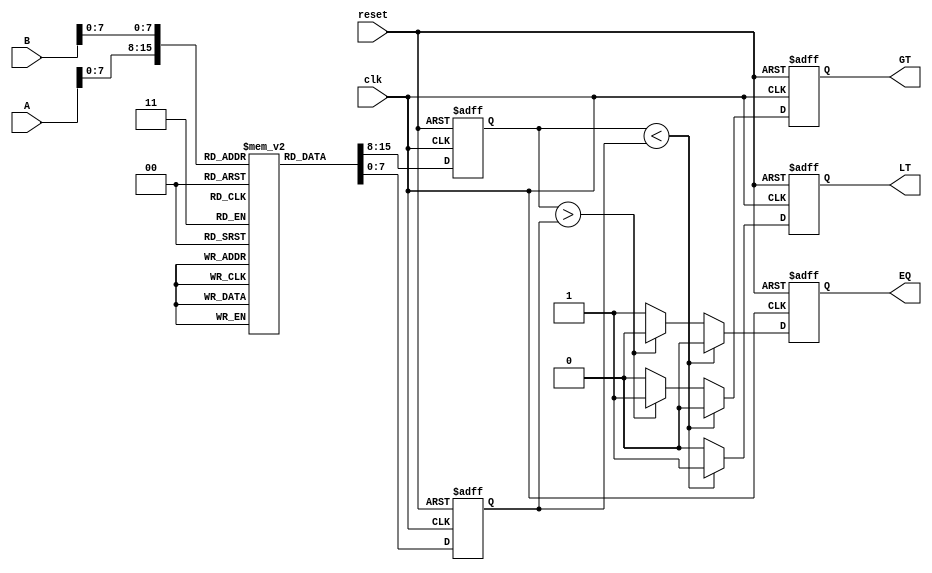
module LogarithmicComparator (
    input wire clk,
    input wire reset,
    input wire [15:0] A, // 16-bit input A
    input wire [15:0] B, // 16-bit input B
    output reg LT,       // Less Than output
    output reg EQ,       // Equal output
    output reg GT        // Greater Than output
);

// Logarithm lookup table (base 2) for demonstration
// This is a simplified example; a complete implementation would require more entries.
reg [7:0] log_table [0:255]; // 8-bit logarithm values for 256 possible inputs

initial begin
    // Initialize the logarithm lookup table (base 2)
    // Note: This is a simplified example. You would need to fill this with actual log values.
    log_table[0] = 8'd0;   // log(1) = 0
    log_table[1] = 8'd0;   // log(1) = 0
    log_table[2] = 8'd1;   // log(2) = 1
    log_table[3] = 8'd2;   // log(3) = 2
    // Fill in more values as needed...
    log_table[255] = 8'd8; // Example value for log(256)
end

// Internal signals for logarithmic values
reg [7:0] log_A;
reg [7:0] log_B;

always @(posedge clk or posedge reset) begin
    if (reset) begin
        LT <= 0;
        EQ <= 0;
        GT <= 0;
        log_A <= 0;
        log_B <= 0;
    end else begin
        // Perform logarithmic transformation using the lookup table
        log_A <= log_table[A[7:0]]; // Using lower 8 bits of A for lookup
        log_B <= log_table[B[7:0]]; // Using lower 8 bits of B for lookup

        // Comparator logic
        if (log_A < log_B) begin
            LT <= 1;
            EQ <= 0;
            GT <= 0;
        end else if (log_A > log_B) begin
            LT <= 0;
            EQ <= 0;
            GT <= 1;
        end else begin
            LT <= 0;
            EQ <= 1;
            GT <= 0;
        end
    end
end

endmodule